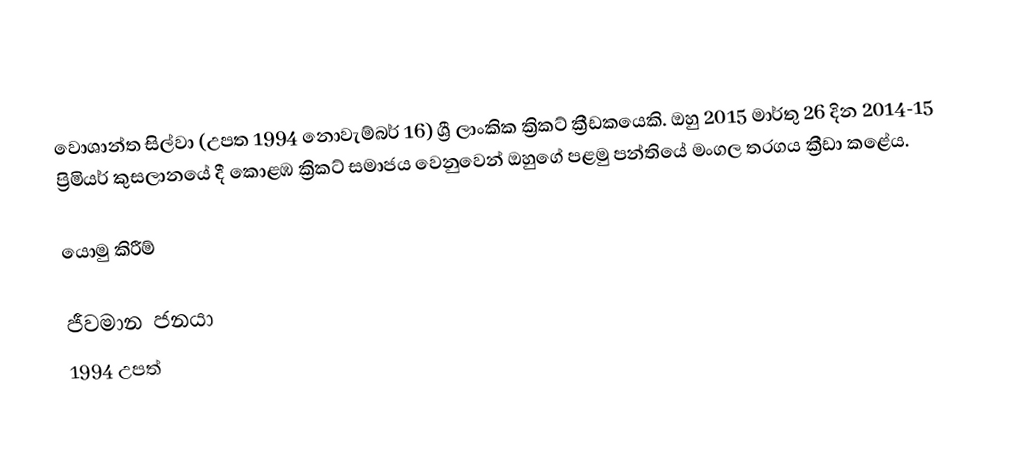
වොශාන්ත සිල්වා (උපත 1994 නොවැම්බර් 16) ශ්‍රී ලාංකික ක්‍රිකට් ක්‍රීඩකයෙකි. ඔහු 2015 මාර්තු 26 දින 2014-15 ප්‍රිමියර් කුසලානයේ දී කොළඹ ක්‍රිකට් සමාජය වෙනුවෙන් ඔහුගේ පළමු පන්තියේ මංගල තරගය ක්‍රීඩා කළේය.

යොමු කිරීම්

ජීවමාන ජනයා
1994 උපත්